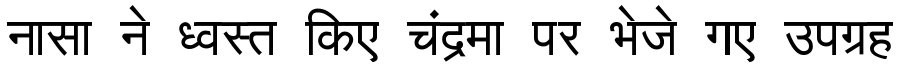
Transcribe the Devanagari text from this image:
नासा ने ध्वस्त किए चंद्रमा पर भेजे गए उपग्रह